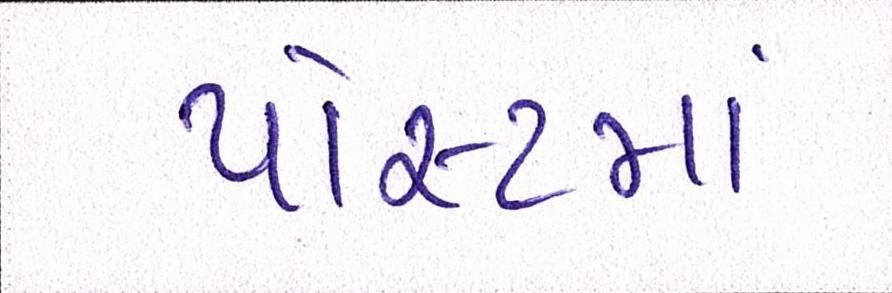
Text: પોસ્ટમાં